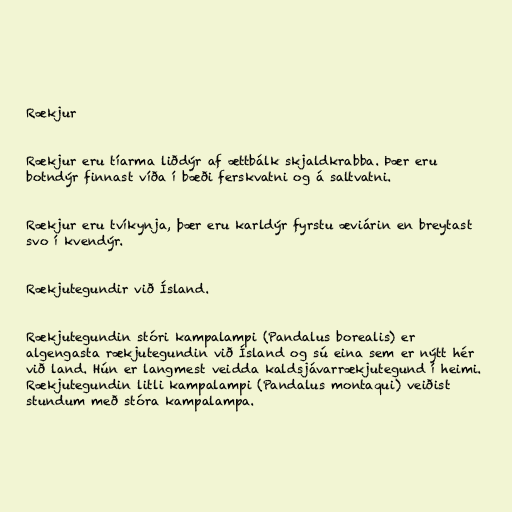
Rækjur

Rækjur eru tíarma liðdýr af ættbálk skjaldkrabba. Þær eru
botndýr finnast víða í bæði ferskvatni og á saltvatni.

Rækjur eru tvíkynja, þær eru karldýr fyrstu æviárin en breytast
svo í kvendýr.

Rækjutegundir við Ísland.

Rækjutegundin stóri kampalampi (Pandalus borealis) er
algengasta rækjutegundin við Ísland og sú eina sem er nýtt hér
við land. Hún er langmest veidda kaldsjávarrækjutegund í heimi.
Rækjutegundin litli kampalampi (Pandalus montaqui) veiðist
stundum með stóra kampalampa.